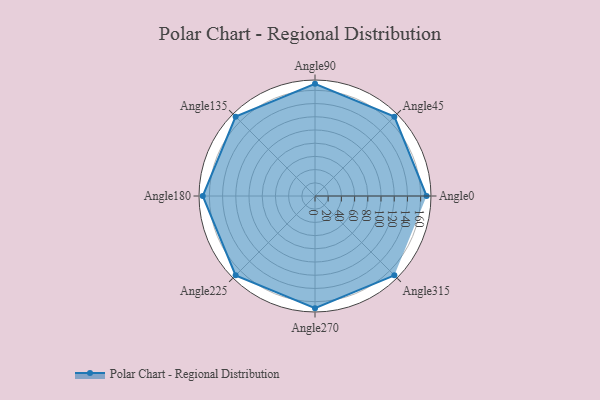
{"axis": {"x": "Angle", "y": "Radius"}, "legend": [""], "data": [{"x": "Angle0", "y": 169.0, "type": ""}, {"x": "Angle45", "y": 170, "type": ""}, {"x": "Angle90", "y": 170, "type": ""}, {"x": "Angle135", "y": 170, "type": ""}, {"x": "Angle180", "y": 170, "type": ""}, {"x": "Angle225", "y": 170, "type": ""}, {"x": "Angle270", "y": 170, "type": ""}, {"x": "Angle315", "y": 170, "type": ""}]}